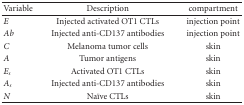
| Variable | Description | compartment |
 | --- | --- | --- |
 | E | Injected activated OT1 CTLs | injection point |
 | Ab | Injected anti-CD137 antibodies | injection point |
 | C | Melanoma tumor cells | skin |
 | A | Tumor antigens | skin |
 | Es | Activated OT1 CTLs | skin |
 | As | Injected anti-CD137 antibodies | skin |
 | N | Naïve CTLs | skin |